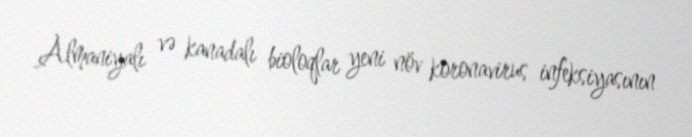
Almaniyalı və kanadalı bioloqlar yeni növ koronavirus infeksiyasının